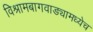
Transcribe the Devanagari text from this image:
विश्रामबागवाड्यामध्येच